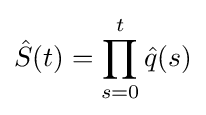
{\hat {S}}(t)=\prod _{s=0}^{t}{\hat {q}}(s)